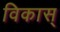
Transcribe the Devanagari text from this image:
विकास्